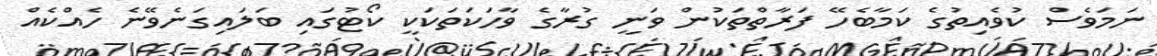
ނަމަވެސް ކުވެއިތުގެ ކަމާބެހޭ ފަރާތްތަކުން ވަނީ ގުރާގެ ވާހަކަތަކަކީ ކޯޓުގައި ބަލައިގަނެވޭނެ ހެއްކެއް